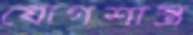
যোগশাস্ত্র